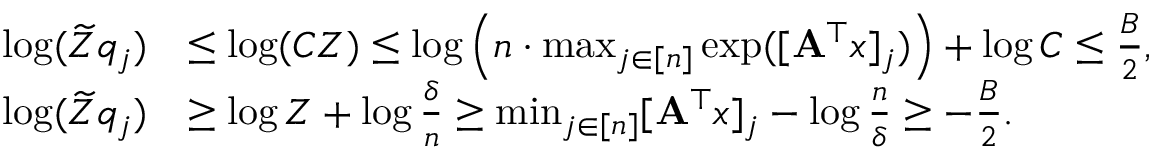
\begin{array} { r l } { \log ( \widetilde { Z } q _ { j } ) } & { \le \log ( C Z ) \le \log \left( n \cdot \operatorname* { m a x } _ { j \in [ n ] } \exp ( [ \mathbf { A } ^ { \top } x ] _ { j } ) \right) + \log C \le \frac B 2 , } \\ { \log ( \widetilde { Z } q _ { j } ) } & { \ge \log Z + \log \frac \delta n \ge \operatorname* { m i n } _ { j \in [ n ] } [ \mathbf { A } ^ { \top } x ] _ { j } - \log \frac n \delta \ge - \frac B 2 . } \end{array}